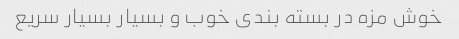
خوش مزه در بسته بندی خوب و بسیار بسیار سریع